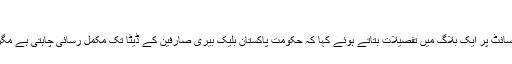
(خبر جاری ہے)
بلیک بیری کے چیف آپریٹنگ آفیسر مارٹن بئرڈ نے 30 نومبر کو کمپنی ویب سائٹ پر ایک بلاگ میں تفصیلات بتاتے ہوئے کہا کہ حکومت پاکستان بلیک بیری صارفین کے ڈیٹا تک مکمل رسائی چاہتی ہے مگر ہم اپنے صارفین کے حقوق کا خیال رکھتے ہوئے ایسا نہیں کر سکتے، ہاں !